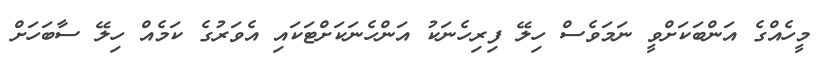
މީހެއްގެ އަންބަކަށްވީ ނަމަވެސް ހިލޭ ފިރިހެނަކު އަންހެނަކަށްޓަކައި އެވަރުގެ ކަމެއް ހިލޭ ސާބަހަށް